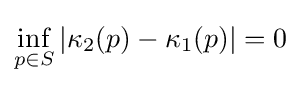
\inf _{p\in S}|\kappa _{2}(p)-\kappa _{1}(p)|=0